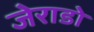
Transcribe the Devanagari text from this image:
जेराडो